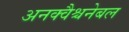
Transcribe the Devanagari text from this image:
अनक्वैश्चनेबल